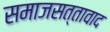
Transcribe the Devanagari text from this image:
समाजसत्तावाद